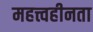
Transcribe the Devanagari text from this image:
महत्त्वहीनता